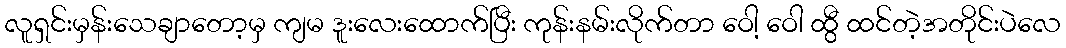
လူရှင်းမှန်းသေချာတော့မှ ကျမ ဒူးလေးထောက်ပြီး ကုန်းနမ်းလိုက်တာ ဝေါ့ ဝေါ ထွီ ထင်တဲ့အတိုင်းပဲလေ